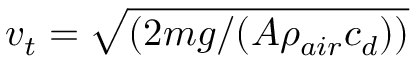
v _ { t } = \sqrt { ( 2 m g / ( A \rho _ { a i r } c _ { d } ) ) }